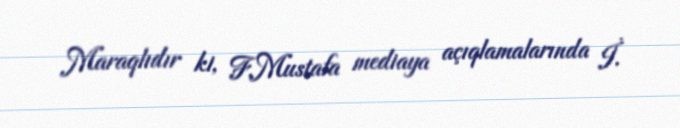
Maraqlıdır ki, F.Mustafa mediaya açıqlamalarında İ.